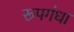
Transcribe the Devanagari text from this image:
रूपगंधा